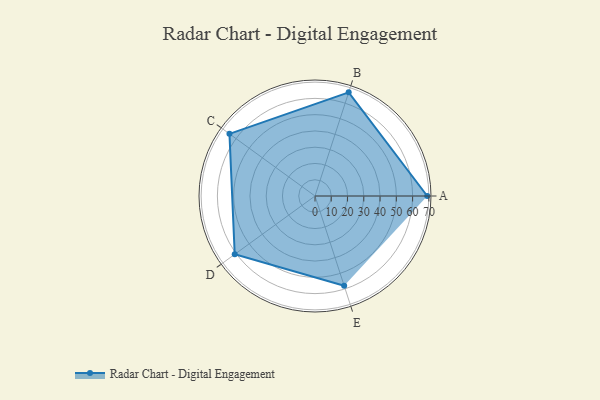
{"axis": {"x": "Skill", "y": "Score"}, "legend": ["Profile"], "data": [{"x": "A", "y": 69.0, "type": "Profile"}, {"x": "B", "y": 67.0, "type": "Profile"}, {"x": "C", "y": 65.0, "type": "Profile"}, {"x": "D", "y": 61.0, "type": "Profile"}, {"x": "E", "y": 58.0, "type": "Profile"}]}